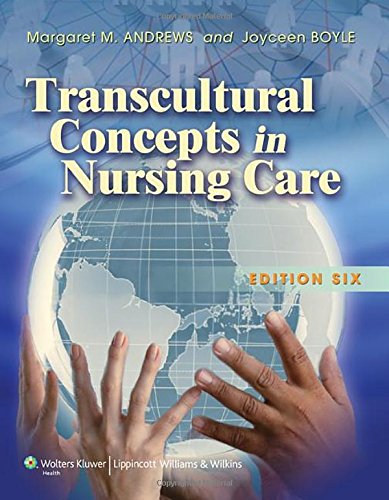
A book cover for Transcultural Concepts in Nursing Care; Margaret M. Andrews PhD  RN  CTN-A  FAAN; Medical Books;